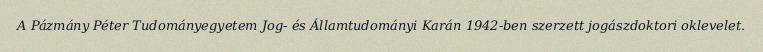
A Pázmány Péter Tudományegyetem Jog- és Államtudományi Karán 1942-ben szerzett jogászdoktori oklevelet.